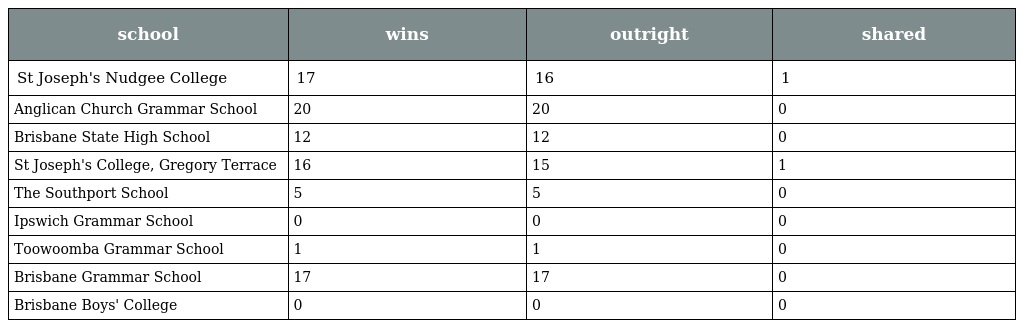
| school | wins | outright | shared |
 | --- | --- | --- | --- |
 | St Joseph's Nudgee College | 17 | 16 | 1 |
 | Anglican Church Grammar School | 20 | 20 | 0 |
 | Brisbane State High School | 12 | 12 | 0 |
 | St Joseph's College, Gregory Terrace | 16 | 15 | 1 |
 | The Southport School | 5 | 5 | 0 |
 | Ipswich Grammar School | 0 | 0 | 0 |
 | Toowoomba Grammar School | 1 | 1 | 0 |
 | Brisbane Grammar School | 17 | 17 | 0 |
 | Brisbane Boys' College | 0 | 0 | 0 |